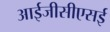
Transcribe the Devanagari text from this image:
आईजीसीएसई